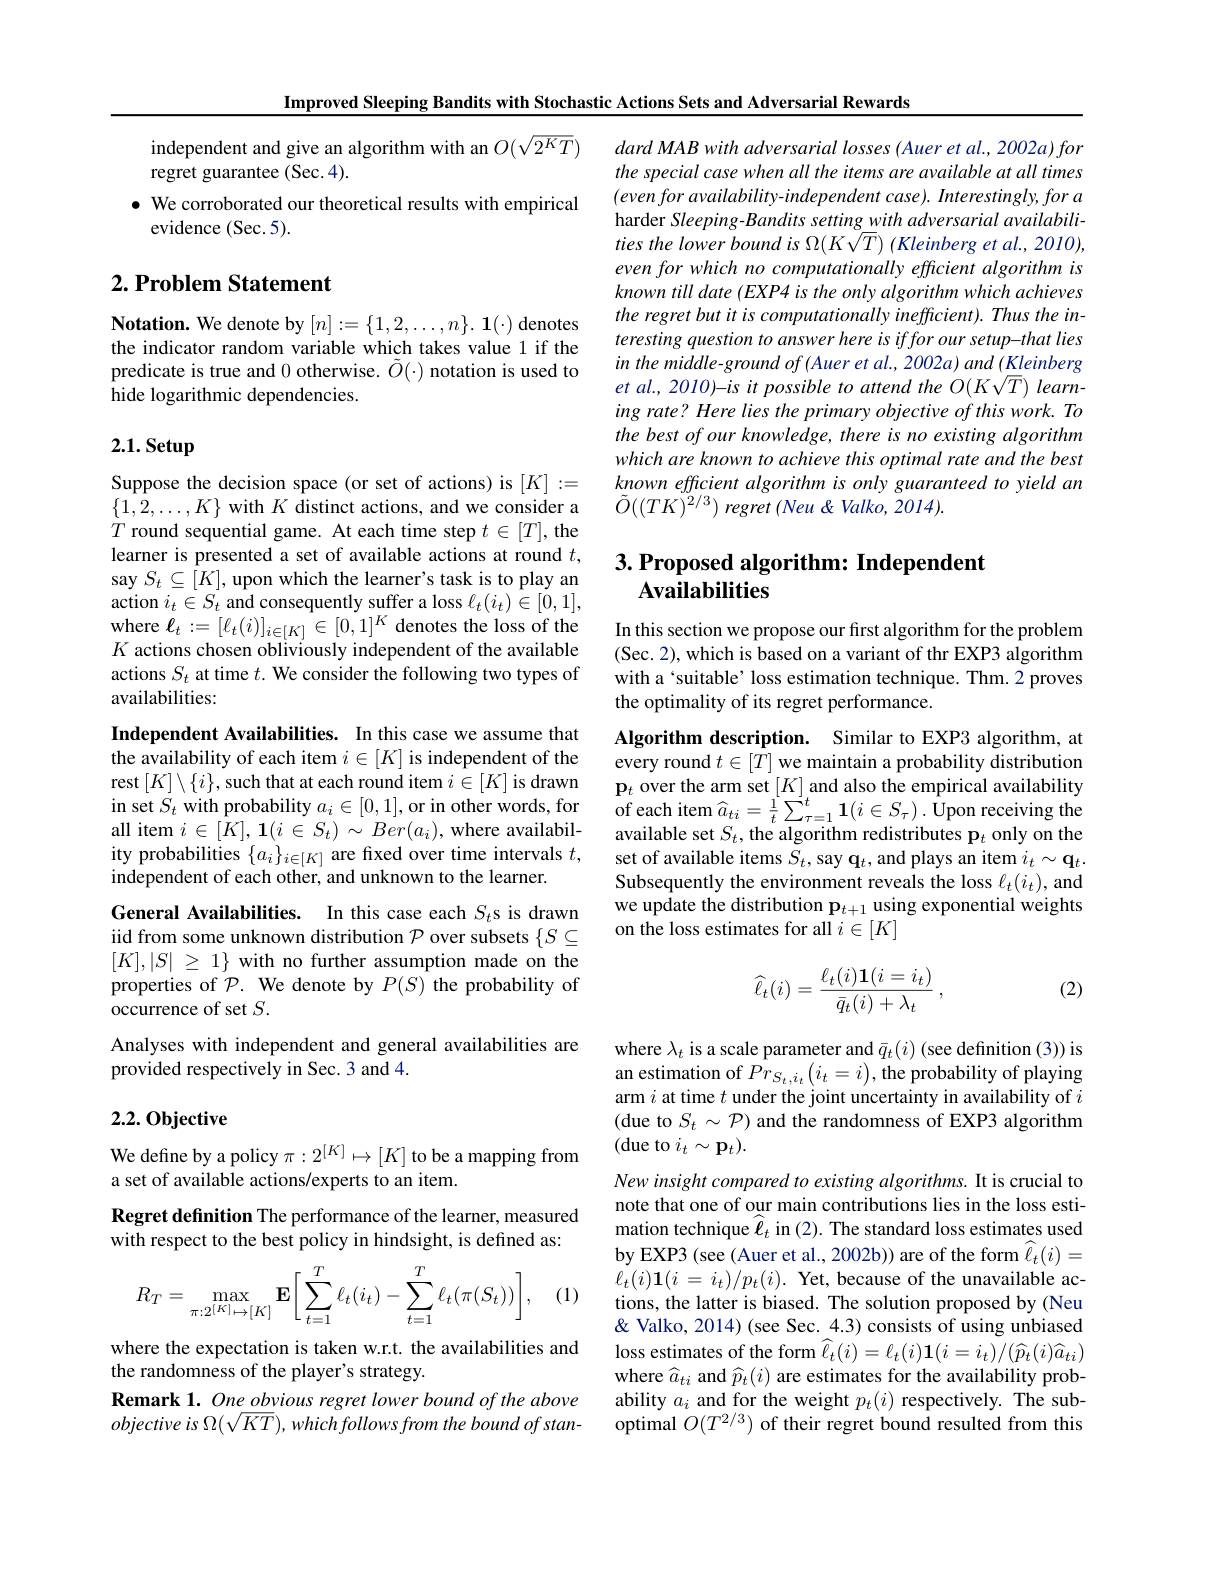
Improved Sleeping Bandits with Stochastic Actions Sets and Adversarial Rewards

independent and give an algorithm with an $O(\sqrt{2^KT})$
regret guarantee (Sec.4).
$\bullet$ We corroborated our theoretical results with empirical
evidence (Sec.5).

## $2. \textbf{ Problem Statement}$

Notation. We denote by $[ n] : = \{ 1, 2, \ldots , n\} . \textbf{1}( \cdot )$ denotes the indicator random variable which takes value 1 if the predicate is true and 0 otherwise. $\tilde{O}(\cdot)$ notation is used to hide logarithmic dependencies.

## 2.1. Setup

Suppose the decision space (or set of actions) is [K]:= $\{1,2,\ldots,K\}$ with $K$ distinct actions, and we consider a $T$ round sequential game. At each time step $t\in[T]$, the learner is presented a set of available actions at round $t$, say $S_t\subseteq[K]$, upon which the learner's task is to play an action $i_t\in S_t$ and consequently suffer a loss $\ell_t(i_t)\in[0,1]$, where $\ell_t:=[\ell_t(i)]_{i\in[K]}\in[0,1]^K$ denotes the loss of the $K$ actions chosen obliviously independent of the available actions $S_t$ at time $t.$ We consider the following two types of availabilities:

Independent Availabilities. In this case we assume that the availability of each item $i\in[K]$ is independent of the rest$\left[K\right]\setminus\{i\}$,such that at each round item $i\in[K]$ is drawn rest $[K]\setminus\{i\}$,such that at each round item $i\in[K]$ is drawn $\textbf{p}_t$ over the arm set $[K]$ and also the empirical availability in set $S_t$ with probability $a_i\in[0,1]$,or in other words, for of each item $\widehat{a}_{ti}=\frac1t\sum_{\tau=1}^t\mathbf{1}(i\in S_\tau).$ Upon receiv
ity probabilities $\{a_i\}_{i\in[K]}$ are fixed over time intervals $t$,
independent of each other, and unknown to the learner.

General Availabilities. In this case each $S_t$s is drawn iid from some unknown distribution $\mathcal{P}$ over subsets $\{S\subseteq$ $[K],|S|\geq1\}$with no further assumption made on the properties of $\mathcal{P}.$ We denote by $P(S)^{\mathrm{~the~probability~of}}$ occurrence of set $S.$
Analyses with independent and general availabilities are
provided respectively in Sec. 3 and 4.

### $2.2.0bjective$

We define by a policy $\pi:2^{[K]}\mapsto[K]$ to be a mapping from
a set of available actions/experts to an item.
Regret definition The performance of the learner, measured with respect to the best policy in hindsight, is defined as:
$$R_T=\max_{\pi:2^{[K]}\mapsto[K]}\mathbf{E}\bigg[\sum_{t=1}^T\ell_t(i_t)-\sum_{t=1}^T\ell_t(\pi(S_t))\bigg],$$
(1)

where the expectation is taken w.r.t. the availabilities and
the randomness of the player's strategy.
Remark 1. One obvious regret lower bound of the above objective $is$ $\Omega ( \sqrt {KT}) , whichfollows$ from the bound $of$ $stan-$

dard MAB with adversarial losses (Auer et al., 2002a) for the special case when all the items are available at all times $(evenforavailability-independent$ case). Interestingly, for a harder Sleeping- Bandits setting with adversarial availabilities the lower bound is $\Omega(K\sqrt{T})$ (Kleinberg et al., 2010), even for which no computationally efficient algorithm is known till date (EXP4 is the only algorithm which achieves the regret but it is computationally inefficient). Thus the interesting question to answer here is iffor our setup-that lies in the middle- ground of (Auer et al., 2002a) and (Kleinberg ing rate? Here lies the primary objective of this work. To the best of our knowledge, there is no existing algorithm which are known to achieve this optimal rate and the best known efficient algorithm is only guaranteed to yield an $\tilde{O}((TK)^{2/3})$ regret (Neu & Valko, 2014).

## $3. \textbf{Proposed algorithm: Independent}$ Availabilities

In this section we propose our first algorithm for the problem (Sec. 2), which is based on a variant of thr EXP3 algorithm with a‘suitable’ loss estimation technique. Thm.2 proves the optimality of its regret performance.

Algorithm description. Similar to EXP3 algorithm, at every round $t\in[T]$ we maintain a probability distribution set of available items $S_t$, say q$_t$, and plays an item $i_t\sim\mathbf{q}_t.$ Subsequently the environment reveals the loss $\ell_t(i_t)$, and we update the distribution $\mathbf{p}_{t+1}$ using exponential weights on the loss estimates for all $i\in[K]$
$$\widehat{\ell_t}(i)=\frac{\ell_t(i)\mathbf{1}(i=i_t)}{\bar{q}_t(i)+\lambda_t}\:,$$
(2)

where $\lambda_t$ is a scale parameter and $\bar{q}_t(i)$ (see definition (3)) is an estimation of $Pr_{S_{t},i_{t}}\left(i_{t}=i\right)$, the probability of playing arm $i$ at time $t$ under the joint uncertainty in availability of $i$ (due to $S_t\sim\mathcal{P})$ and the randomness of EXP3 algorithm (due to $i_t\sim\mathbf{p}_t).$
New insight compared to existing algorithms. It is crucial to note that one of our main contributions lies in the loss estimation technique $\widehat{\ell}_t$ in (2). The standard loss estimates used by EXP3 (see (Auer et al., 2002b)) are of the form $\widehat{\ell}_t(i)=$ $\ell_t(i)\mathbf{1}(i=i_t)/p_t(i).$ Yet, because of the unavailable actions, the latter is biased. The solution proposed by (Neu & Valko, 2014) (see Sec. 4.3) consists of using unbiased loss estimates of the form $\widehat\ell_t(i)=\ell_t(i)\mathbf{1}(i=i_t)/(\widehat p_t(i)\widehat a_{ti})$ where $\widehat{a}_{ti}$ and $\widehat{p}_t(i)$ are estimates for the availability probability $a_i$ and for the weight $p_t(i)$ respectively. The suboptimal $O(T^{2/3})$ of their regret bound resulted from this